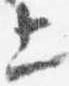
上